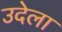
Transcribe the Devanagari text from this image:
उदेला